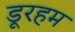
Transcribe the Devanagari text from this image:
डूरहम